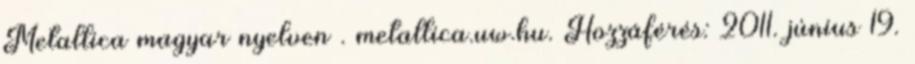
Metallica magyar nyelven . metallica.uw.hu. Hozzáférés: 2011. június 19.